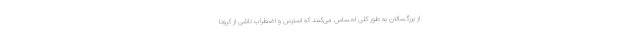
از بزرگسالان به طور کلی احساس می‌کنند که استرس و اضطراب ناشی از کرونا